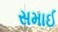
સમાઈ